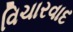
વિચારવાદ